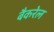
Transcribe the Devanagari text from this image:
बैकरेल